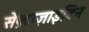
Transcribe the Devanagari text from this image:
सेफ़्टाज़ाइडिन